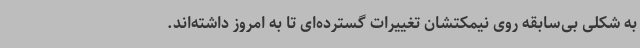
به شکلی بی‌سابقه روی نیمکتشان تغییرات گسترده‌ای تا به امروز داشته‌اند.